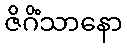
ဇိဂိံသာနော